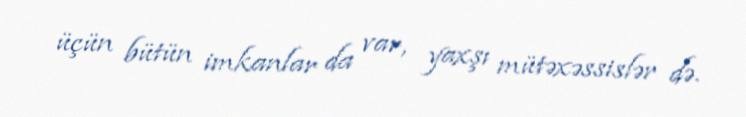
üçün bütün imkanlar da var, yaxşı mütəxəssislər də.